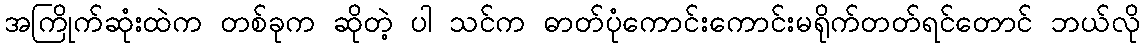
အကြိုက်ဆုံးထဲက တစ်ခုက ဆိုတဲ့ ပါ သင်က ဓာတ်ပုံကောင်းကောင်းမရိုက်တတ်ရင်တောင် ဘယ်လို